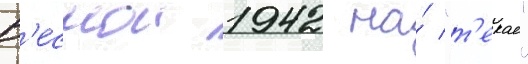
В'еснои 1942 на́ "т'екае"